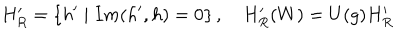
H _ { R } ^ { \prime } = \left\{ h ^ { \prime } \mid I m ( h ^ { \prime } , h ) = 0 \right\} , \quad H _ { R } ^ { \prime } ( W ) = U ( g ) H _ { R } ^ { \prime }